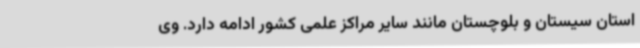
استان سیستان و بلوچستان مانند سایر مراکز علمی کشور ادامه دارد. وی